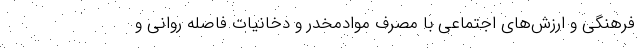
فرهنگی و ارزش‌های اجتماعی با مصرف موادمخدر و دخانیات فاصله روانی و